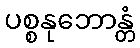
ပစ္စနုဘောန္တံ